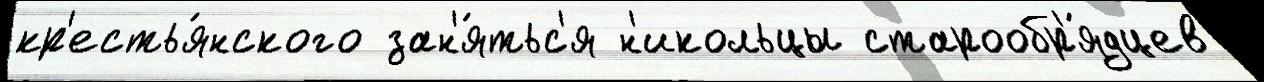
кр'естья́нского зан'я́тьс'я н'икольцы старообр'я́дцев